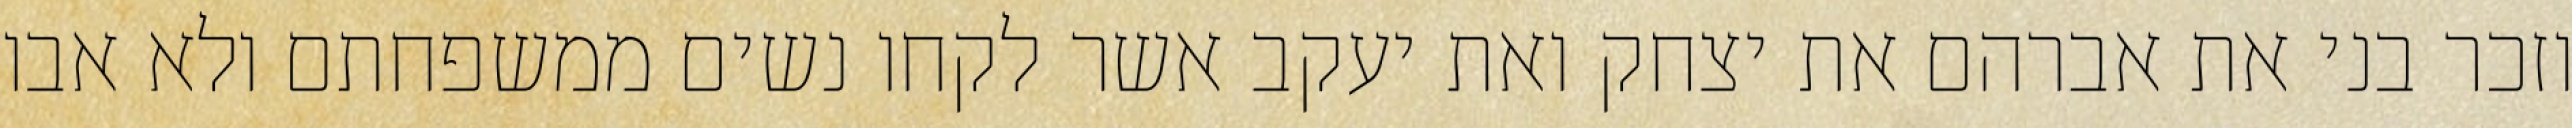
וזכר בני את אברהם את יצחק ואת יעקב אשר לקחו נשים ממשפחתם ולא אבו